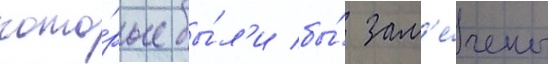
кото́рые бы́л'и бы́ зам'е́чены